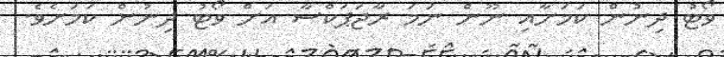
ވޯޓު ދިނުން ކަމަށާއި ނޫން ނަމަ ރާޖަޕަކްސާ އަށް ވޯޓު ދިނުން ކަމަށެވެ.